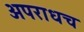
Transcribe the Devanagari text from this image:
अपराधच